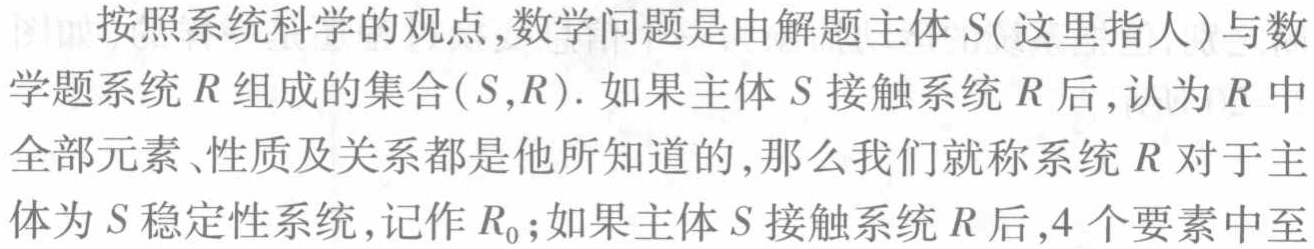
按照系统科学的观点,数学问题是由解题主体\(S\)(这里指人)与数学题系统\(R\)组成的集合\((S,R)\). 如果主体\(S\)接触系统\(R\)后,认为\(R\)中全部元素、性质及关系都是他所知道的,那么我们就称系统\(R\)对于主体为\(S\)稳定性系统,记作\(R_{0}\);如果主体\(S\)接触系统\(R\)后,\(4\)个要素中至